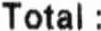
TOTAL :